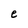
Character: e